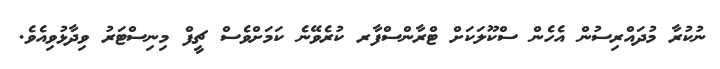
ނުކުރާ މުދައްރިސުން އެހެެން ސްކޫލަކަށް ޓްރާންސްފާރ ކުރެވޭނެ ކަމަށްވެސް ޗީފް މިނިސްޓަރު ވިދާޅުވިއެވެ.